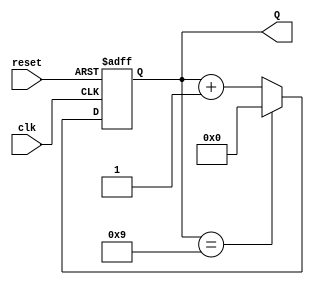
module decade_asynchronous_counter (
    input wire clk,       // Clock input
    input wire reset,     // Asynchronous reset input
    output reg [3:0] Q    // 4-bit output representing the counter value
);

// Asynchronous reset and counting logic
always @(posedge clk or posedge reset) begin
    if (reset) begin
        Q <= 4'b0000; // Reset the counter to 0
    end else begin
        if (Q == 4'b1001) begin
            Q <= 4'b0000; // Reset to 0 when reaching 10 (1010)
        end else begin
            Q <= Q + 1; // Increment the counter
        end
    end
end

endmodule